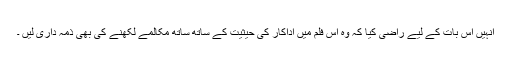
انہیں اس بات کے لیے راضی کیا کہ وہ اس فلم میں اداکار کی حیثیت کے ساتھ ساتھ مکالمے لکھنے کی بھی ذمہ داری لیں ۔